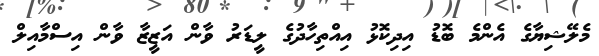
މެލޭޝިޔާގެ އެންމެ ބޮޑު އިދިކޮޅު އިއްތިހާދުގެ ލީޑަރު ވާން އަޒީޒާ ވާން އިސްމާއިލް